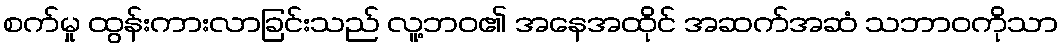
စက်မှု ထွန်းကားလာခြင်းသည် လူ့ဘဝ၏ အနေအထိုင် အဆက်အဆံ သဘာဝကိုသာ